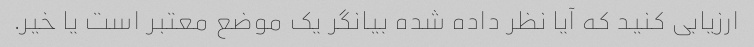
ارزیابی کنید که آیا نظر داده شده بیانگر یک موضع معتبر است یا خیر.